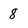
Character: 8